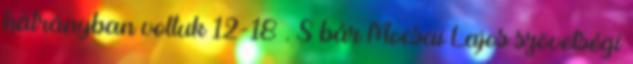
hátrányban voltuk 12-18 . S bár Mocsai Lajos szövetségi